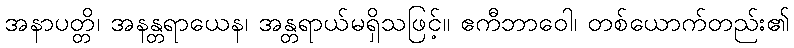
အနာပတ္တိ၊ အနန္တရာယေန၊ အန္တရာယ်မရှိသဖြင့်။ ဧကီဘာဝေါ၊ တစ်ယောက်တည်း၏